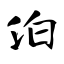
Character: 泊